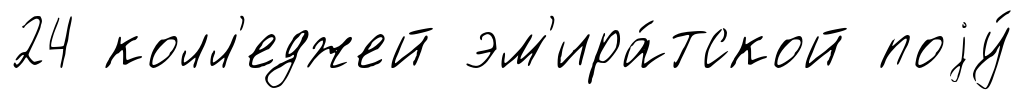
24 колл'еджей эм'ира́тской поjу́